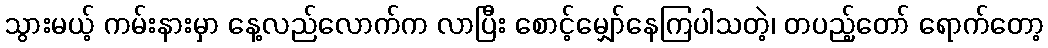
သွားမယ့် ကမ်းနားမှာ နေ့လည်လောက်က လာပြီး စောင့်မျှော်နေကြပါသတဲ့၊ တပည့်တော် ရောက်တော့